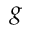
g